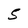
Character: 5